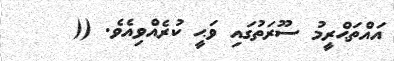
އައްތަޙްރީމު ސޫރަތުގައި ވަޙީ ކުރެއްވިއެވެ. ((